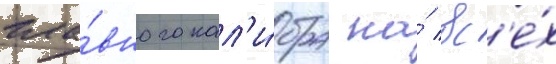
гла́вного кал'и́бра на́ вс'е́х